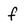
Character: f